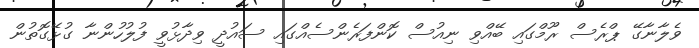
ވެލާނާގޭ ޕްރެސް ރޫމްގައި ބޭއްވި ނިއުސް ކޮންފަރެންސެއްގައި ސައުދީ ވިދާޅުވީ ފުލުހުންނާ ގުޅޭގޮތުން